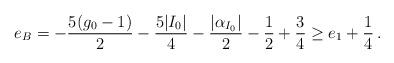
LaTeX: \begin{align*} e_B&=-\frac{5(g_0-1)}{2}-\frac{5|I_0|}{4}-\frac{|\alpha_{I_0}|}{2}-\frac{1}{2}+\frac{3}{4}\ge e_1+\frac14\,.\end{align*}